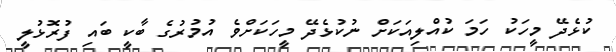
ކުޅެދޭ މީހަކު ހަމަ ކުއްލިއަކަށް ނުކުޅެދޭ މީހަކަށްވެ އުމުރުގެ ބާކީ ބައި ފުރޮޅުލީ